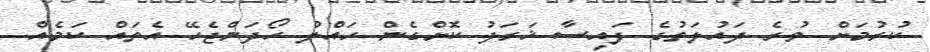
ކުރުމަށް ވުރެ ދައުލަތުގެ ފައިސާ ޚަރަދު ކޮށްގެން ހައްލު ހޯދަންޖެހޭ އެތައް ކަމެއް